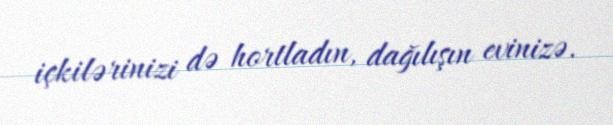
içkilərinizi də hortladın, dağılışın evinizə.